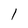
Character: l